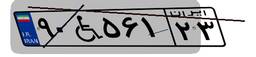
۹۰W۵۶۱۲۳